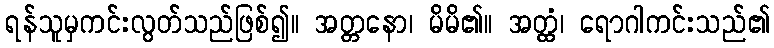
ရန်သူမှကင်းလွတ်သည်ဖြစ်၍။ အတ္တနော၊ မိမိ၏။ အတ္ထံ၊ ရောဂါကင်းသည်၏